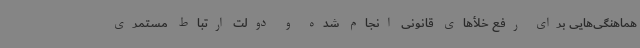
هماهنگی‌هایی برای رفع خلأ‌های قانونی انجام شده و دولت ارتباط مستمری